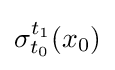
\sigma _{t_{0}}^{t_{1}}(x_{0})